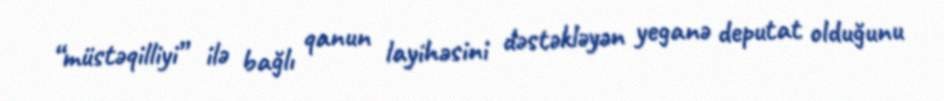
“müstəqilliyi” ilə bağlı qanun layihəsini dəstəkləyən yeganə deputat olduğunu